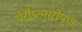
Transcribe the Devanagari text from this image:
पेरीप्रत्यारोपण